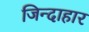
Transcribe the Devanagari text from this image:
जिन्दाहार